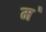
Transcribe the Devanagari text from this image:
म॓